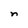
Character: n